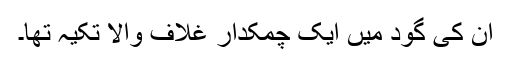
ان کی گود میں ایک چمکدار غلاف والا تکیہ تھا۔